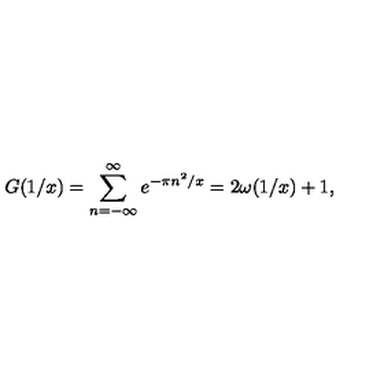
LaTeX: G ( 1 / x ) = \sum _ { n = - \infty } ^ { \infty } e ^ { - \pi n ^ { 2 } / x } = 2 \omega ( 1 / x ) + 1 ,